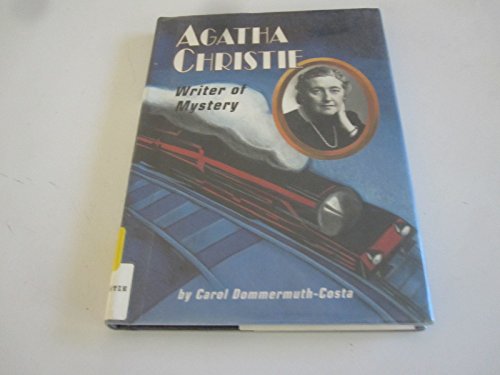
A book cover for Agatha Christie: Writer of Mystery (Lerner Biographies); Carol Dommermuth-Costa; Mystery, Thriller & Suspense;